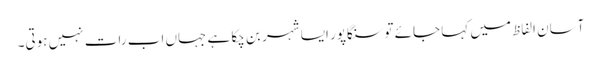
آسان الفاظ میں کہا جائے تو سنگاپور ایسا شہر بن چکا ہے جہاں اب رات نہیں ہوتی۔